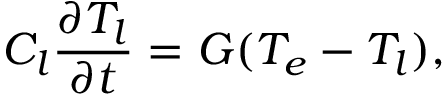
C _ { l } \frac { \partial T _ { l } } { \partial t } = G ( T _ { e } - T _ { l } ) ,